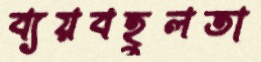
ব্যয়বহুলতা